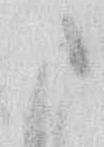
ま